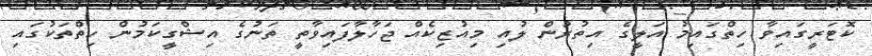
ކޮޓަރީގައިވާ ހިތްގައިމު އަލީގެ އިތުރުން ލުއި މިއުޒިކެއް ޖަހާލާފައިވާތީ ތަނުގެ އިޝްގީކަމުން ހިތްތަކުގައި